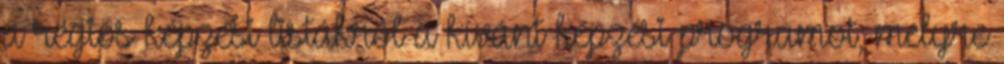
a régiós képzési listákról a kívánt képzési programot, melyre